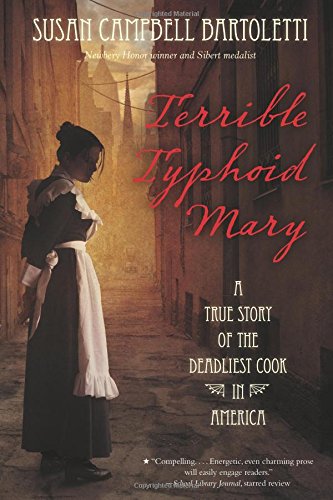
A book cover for Terrible Typhoid Mary: A True Story of the Deadliest Cook in America; Susan Campbell Bartoletti; Teen & Young Adult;